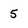
Character: 5